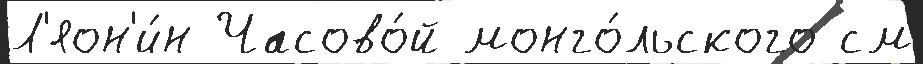
Л'яон'и́н Часово́й монго́льского см